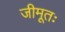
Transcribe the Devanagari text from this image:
जीमूतः